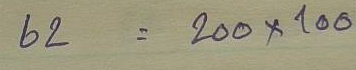
62 = 200 x 100